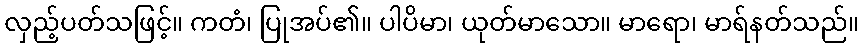
လှည့်ပတ်သဖြင့်။ ကတံ၊ ပြုအပ်၏။ ပါပိမာ၊ ယုတ်မာသော။ မာရော၊ မာရ်နတ်သည်။